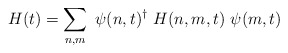
\begin{align*}H(t)=\sum_{n,m}\ \psi (n,t)^\dagger\ H(n,m,t)\ \psi (m,t)\end{align*}